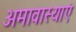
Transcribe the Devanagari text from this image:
अमावास्याएं